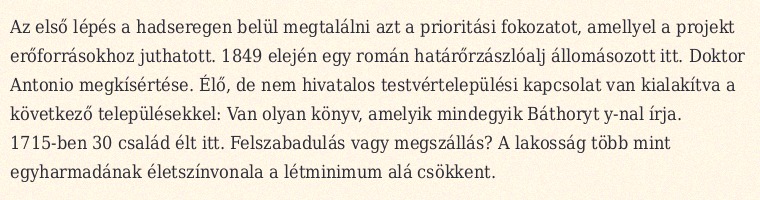
Az első lépés a hadseregen belül megtalálni azt a prioritási fokozatot, amellyel a projekt erőforrásokhoz juthatott. 1849 elején egy román határőrzászlóalj állomásozott itt. Doktor Antonio megkísértése. Élő, de nem hivatalos testvértelepülési kapcsolat van kialakítva a következő településekkel: Van olyan könyv, amelyik mindegyik Báthoryt y-nal írja. 1715-ben 30 család élt itt. Felszabadulás vagy megszállás? A lakosság több mint egyharmadának életszínvonala a létminimum alá csökkent.